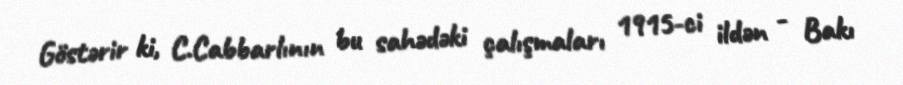
Göstərir ki, C.Cabbarlının bu sahədəki çalışmaları 1915-ci ildən - Bakı